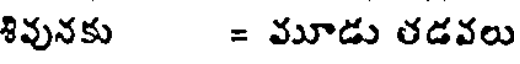
శివునకు = మూడు తడవలు